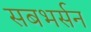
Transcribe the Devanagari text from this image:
सबभर्सन